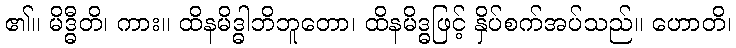
၏။ မိဒ္ဓီတိ၊ ကား။ ထိနမိဒ္ဓါဘိဘူတော၊ ထိနမိဒ္ဓဖြင့် နှိပ်စက်အပ်သည်။ ဟောတိ၊